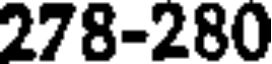
278-280